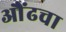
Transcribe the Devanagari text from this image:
औंढचा